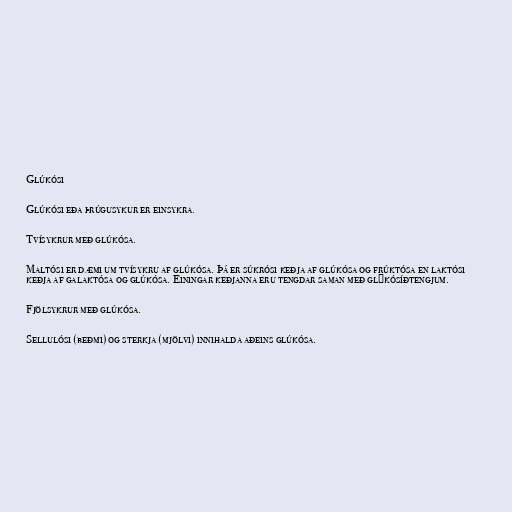
Glúkósi

Glúkósi eða þrúgusykur er einsykra.

Tvísykrur með glúkósa.

Maltósi er dæmi um tvísykru af glúkósa. Þá er súkrósi keðja af glúkósa og frúktósa en laktósi
keðja af galaktósa og glúkósa. Einingar keðjanna eru tengdar saman með glýkósíðtengjum.

Fjölsykrur með glúkósa.

Sellulósi (beðmi) og sterkja (mjölvi) innihalda aðeins glúkósa.